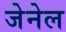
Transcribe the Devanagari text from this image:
जेनेल